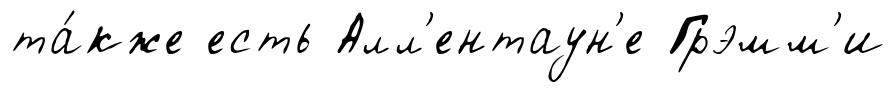
та́кже есть Алл'ентаун'е Грэмм'и